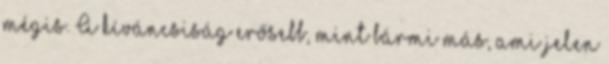
mégis. A kíváncsiság erősebb, mint bármi más, ami jelen